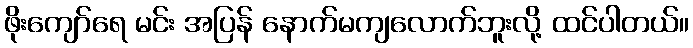
ဖိုးကျော်ရေ မင်း အပြန် နောက်မကျလောက်ဘူးလို့ ထင်ပါတယ်။